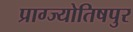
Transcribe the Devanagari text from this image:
प्राग्ज्योतिषपुर